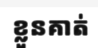
ខ្លួនគាត់